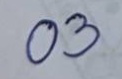
03